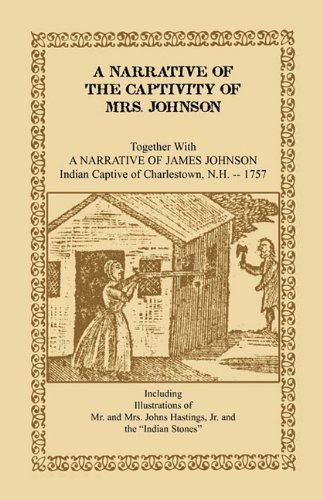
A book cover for A Narrative of the Captivity of Mrs. Johnson, Together with a Narrative of James Johnson: Indian Captive of Charlestown, New Hampshire (Heritage Classic); Mrs Susanna Willard Johnson; Biographies & Memoirs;